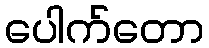
ပေါက်တော